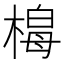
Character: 𭫟